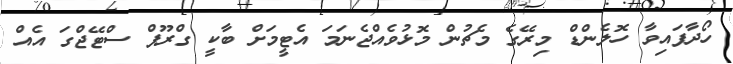
ހޯދާފައިވާ ހޮލެންޑް މިރޭގެ މެޗުން މޮޅުވެއްޖެނަމަ އެޓީމަށް ބާކީ ގްރޫޕް ސްޓޭޖްގަ އެއް